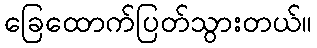
ခြေထောက်ပြတ်သွားတယ်။